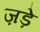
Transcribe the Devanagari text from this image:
ज़ड़े